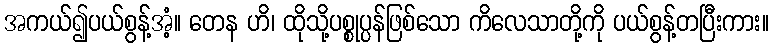
အကယ်၍ပယ်စွန့်အံ့။ တေန ဟိ၊ ထိုသို့ပစ္စုပ္ပန်ဖြစ်သော ကိလေသာတို့ကို ပယ်စွန့်တပြီးကား။